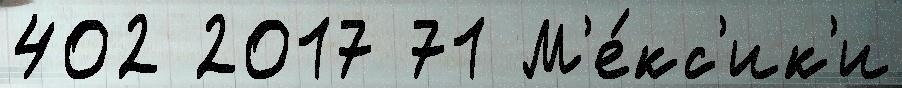
402 2017 71 М'е́кс'ик'и